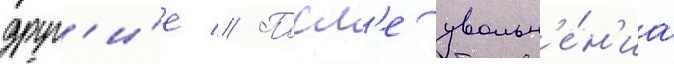
друг'и́е // Посл'е увольн'е́н'иа